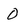
Character: 0